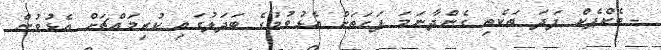
- ބެކްޕެކް ފަދަ ތަކެތި ގެންދާނަމަ ފަހަތަށް އެޅުވުމުގެ ބަދަލުގައި ކުރިމައްޗަށް އެޅުވުން